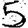
Digit: 5